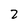
Character: 2